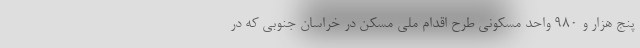
پنج هزار و ۹۸۰ واحد مسکونی طرح اقدام ملی مسکن در خراسان جنوبی که در